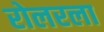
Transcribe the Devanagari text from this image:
रोलरला